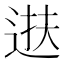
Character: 𫐧